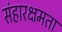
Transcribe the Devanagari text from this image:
संहारक्षमता